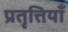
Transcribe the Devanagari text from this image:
प्रतृत्तियाँ